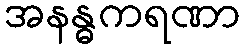
အနန္ဓကရဏာ